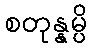
စတုန္နမ္ပိ